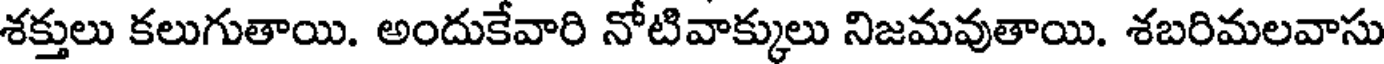
శక్తులు కలుగుతాయి. అందుకేవారి నోటివాక్కులు నిజమవుతాయి. శబరిమలవాసు